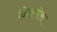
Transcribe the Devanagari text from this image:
दिलगौरा